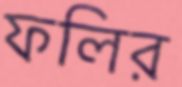
ফলির